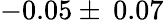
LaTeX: -0.05\pm\: 0.07